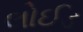
લોઈડ